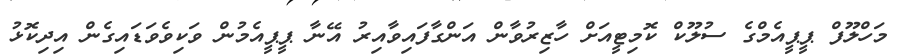
މަހްލޫފް ޕީޕީއެމްގެ ސުލޫކް ކޮމިޓީއަށް ހާޒިރުވާން އަންގާފައިވާއިރު އޭނާ ޕީޕީއެމުން ވަކިވެވަޑައިގެން އިދިކޮޅު